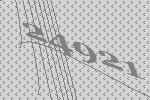
24921